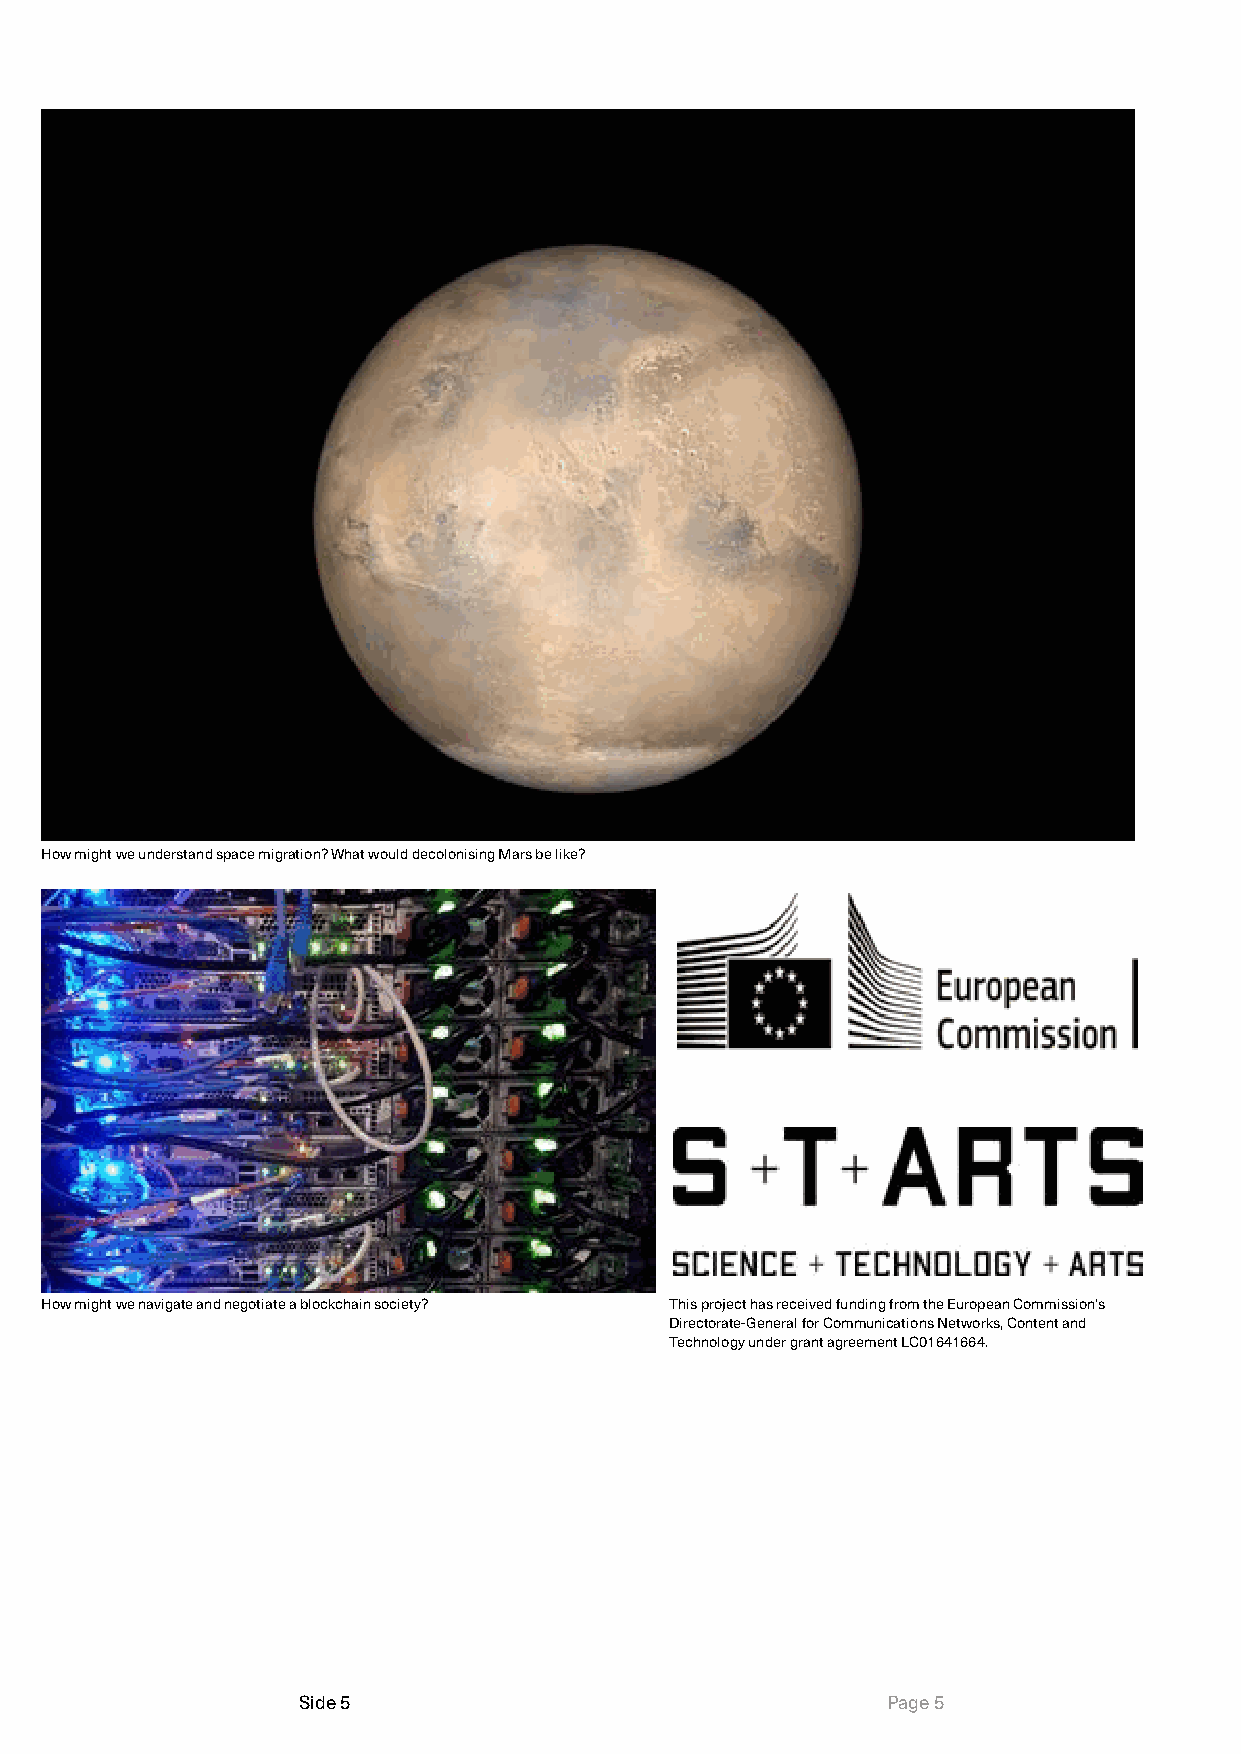
How might we understand space migration? What would decolonising Mars be like?
 How might we navigate and negotiate a blockchain society? This project has received funding from the European Commission’s
 Directorate-General for Communications Networks, Content and
 Technology under grant agreement LC01641664.
 Side 5                                 Page 5